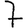
Digit: 7